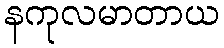
နကုလမာတာယ